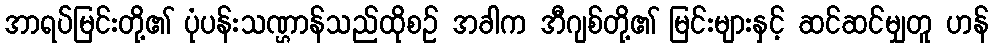
အာရပ်မြင်းတို့၏ ပုံပန်းသဏ္ဌာန်သည်ထိုစဉ် အခါက အီဂျစ်တို့၏ မြင်းများနှင့် ဆင်ဆင်မျှတူ ဟန်